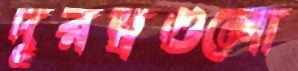
দূরত্বগুলো